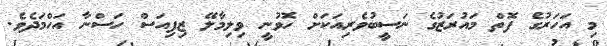
މި އަހަރުގެ ފޮތް މައުރަޒުގެ ނަސީބުވެރިއަކަށް ހޮވުނީ ވިލިމާލޭ ޒިފިއަސް ހަސްނާ އަހްމަދެވެ.